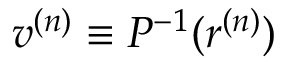
v ^ { ( n ) } \equiv { \cal P } ^ { - 1 } ( r ^ { ( n ) } )